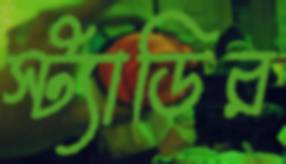
স্ট্যাডির